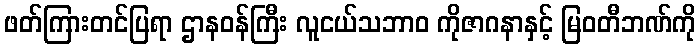
ဖတ်ကြားတင်ပြရာ ဌာနဝန်ကြီး လူငယ်သဘာ၀ ကိုဇာဂနာနှင့် မြဝတီဘဏ်ကို